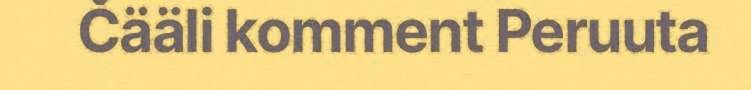
Čääli komment Peruuta